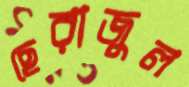
ছেরাজুল